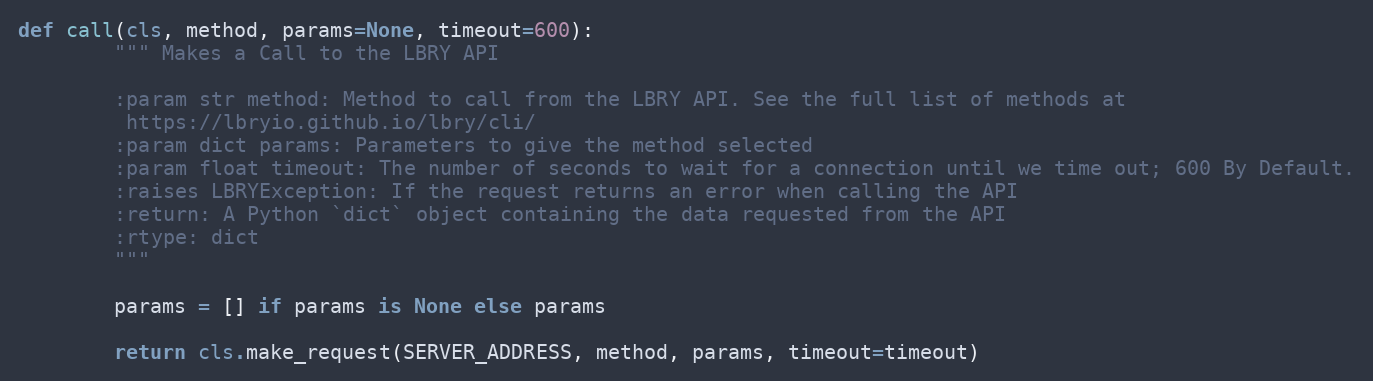
Language: Python
def call(cls, method, params=None, timeout=600):
        """ Makes a Call to the LBRY API

        :param str method: Method to call from the LBRY API. See the full list of methods at
         https://lbryio.github.io/lbry/cli/
        :param dict params: Parameters to give the method selected
        :param float timeout: The number of seconds to wait for a connection until we time out; 600 By Default.
        :raises LBRYException: If the request returns an error when calling the API
        :return: A Python `dict` object containing the data requested from the API
        :rtype: dict
        """

        params = [] if params is None else params

        return cls.make_request(SERVER_ADDRESS, method, params, timeout=timeout)